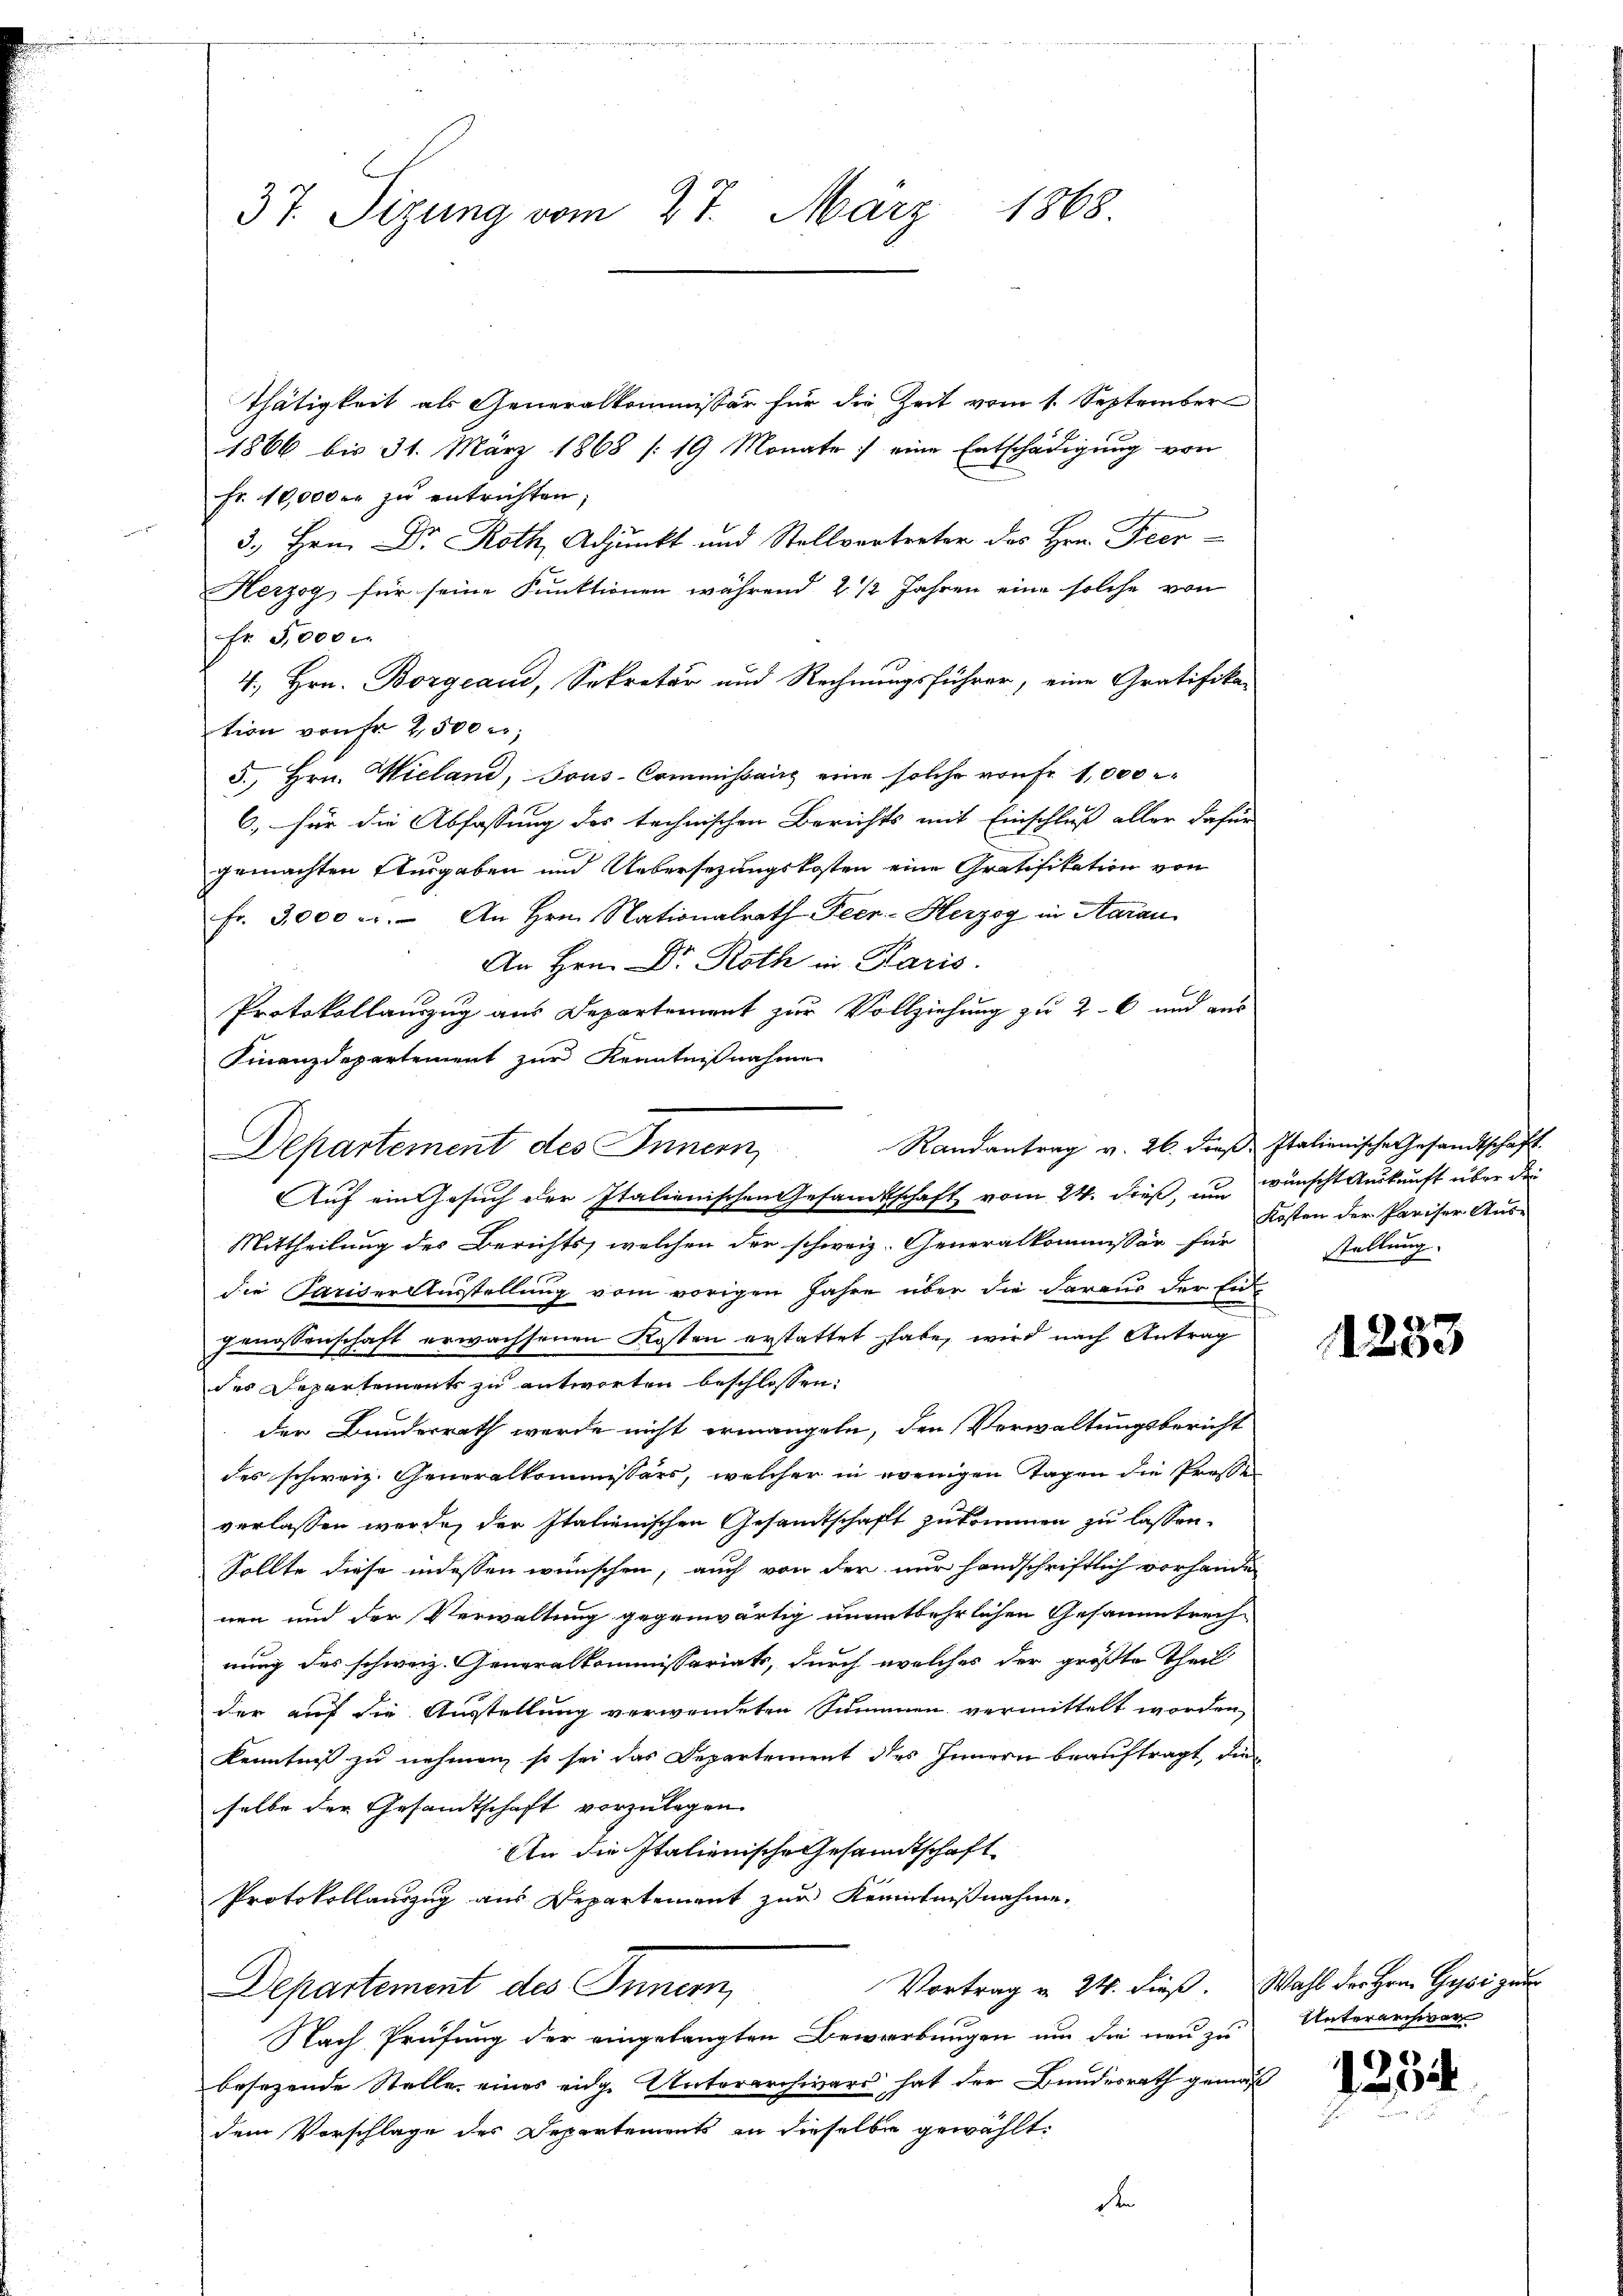
37. Sizung vom 27. März 1868.

thätigkeit als Generalkommissär für die Zeit vom 1. September
1866 bis 31. März 1868 (19 Monate eine Entschädigung von
Fr. 10,000 er zŭ entrichten;
3. Hrn. Dr Roth, Adjunkt und Stellvertreter des Hrn. Feer¬
Herzog für seine Funktionen während 2 1/2 Jahren eine solche von
Fr. 5,000
4., Hrn. Borgeaud, Sekretär und Rechnungsführer, eine Gratifika-
tion von Fr. 2500
5., Hrn. Wieland, Tous-Commissairs eine solche von Fr. 1,000
6, für die Abfassung des technischen Berichts mit Einschluß aller dafür
gemachten Vergaben und Uebersezungskosten eine Gratifikation von
Fr. 3,000 ..  An Hrn. Nationalrath Feer-Herzog in Aarau
An Hrn. Dr Roth in Paris.
Protokollauszug aus Departement zur Vollziehung zu 26 und aus
Finanzdepartement zur Kenntnißnahme
Randantrag v. 26. dieβ. Italienische Gesandtschaft.
die Pariser Ausstellung vom vorigen Jahre über die daraus der Ein
genossenschaft erwachsenen Kosten erstattet habe, wird nach Antrag
des Departements zu antworten beschlossen:
der Bundesrath werde nicht ermangeln, den Verwaltungsbericht
des schweiz. Generalkommissärs, welcher in wenigen Tagen die Prosse
verlassen werde, der Italienischen Gesandtschaft zukommen zu lassen.
Sollte diese indessen wünschen, auch von der nur handschriftlich vorhande
wen und der Verwaltung gegenwärtig unentbehrlichen Gesammtrech
nung des schweiz. Generalkommissariats, durch welches der größte Theil
der auf die Ausstellung verwendeten Summen vermittelt worden,
Kenntniß zu nehmen, so sei das Departement des Innern beauftragt, die
selbe der Gesandtschaft vorzulegen.
An die Italienische Gesandtschaft
Protokollauszug aus Departement zur Kenntnißnahme.
Vortrag u. 24. dieß. Wahl der Hrn. Gypsi gen
Departement des Innern,
Nach Prüfung der eingelangten Bewerbungen um die neu zu Unterarchware
besezende Stelle eines eidge Unterarchivars hat der Bundesrath gemäß
dem Vorschlage des Departements in dieselbe gewählt
D

Departement des Inner,
Auf ein Gesuch der Italienischen Gesandtschaft vom 24. dieß, um wünscht Auskunft über die
Mittheilung des Berichts, welchen der schweiz. Generalkommissär für

Kosten der Pariser Aus-
stellung.

1253

125.

.